Report of the Municipal Commissioner on the plague in Bombay for the year ending 31st May... - Volume 2
Disease focus: Plague
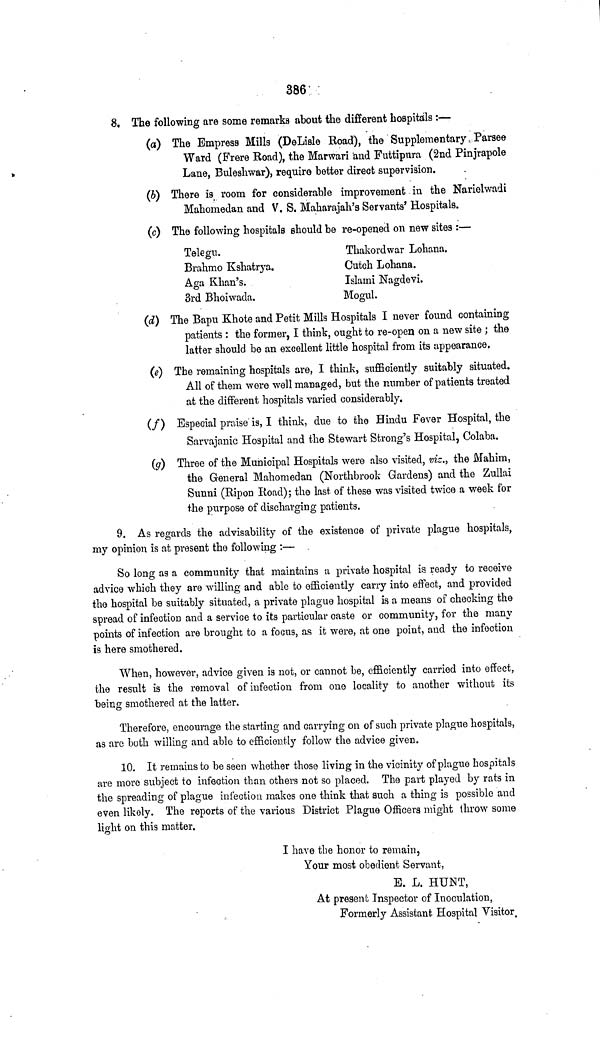
386
8. The following are some remarks about the different hospitals :—
(a) The Empress Mills (DeLisle Road), the Supplementary Parsee
Ward (Frere Road), the Marwari and Futtipura (2nd Pinjrapole
Lane, Buleshwar), require better direct supervision.
(6) There is room for considerable improvement in the Narielwadi
Mahomedan and V. S. Maharajah's Servants' Hospitals.
(c) The following hospitals should be re-opened on new sites :—
Telegu.
Thakordwar Lohana.
Brahmo Kshatrya.
Cutch Lohana.
Aga Khan's.
Islami Nagdevi.
3rd Bhoiwada.
Mogul.
(d) The Bapu Khote and Petit Mills Hospitals I never found containing
patients : the former, I think, ought to re-open on a new site ; the
latter should be an excellent little hospital from its appearance,
(e) The remaining hospitals are, I think, sufficiently suitably situated.
All of them were well managed, but the number of patients treated
at the different hospitals varied considerably.
(f)
Especial praise is, I think, due to the Hindu Fever Hospital, the
Sarvajanic Hospital and the Stewart Strong's Hospital, Colaba.
(g) Three of the Municipal Hospitals were also visited, vis., the Mahim,
the General Mahomedan (Northbrook Gardens) and the Zullai
Sunni (Ripon Road); the last of these was visited twice a week for
the purpose of discharging patients.
9. As regards the advisability of the existence of private plague hospitals,
my opinion is at present the following :—
So long as a community that maintains a private hospital is ready to receive
advice which they are willing and able to efficiently carry into effect, and provided
the hospital be suitably situated, a private plague hospital is a means of checking the
spread of infection and a service to its particular caste or community, for the many
points of infection are brought to a focus, as it were, at one point, and the infection
is here smothered.
When, however, advice given is not, or cannot be, efficiently carried into effect,
the result is the removal of infection from one locality to another without its
being smothered at the latter.
Therefore, encourage the starting and carrying on of such private plague hospitals,
as are both willing and able to efficiently follow the advice given.
10. It remains to be seen whether those living in the vicinity of plague hospitals
are more subject to infection than others not so placed. The part played by rats in
the spreading of plague infection makes one think that such a thing is possible and
even likely. The reports of the various District Plague Officers might throw some
light on this matter.
I have the honor to remain,
Your most obedient Servant,
E. L. HUNT,
At present Inspector of Inoculation,
Formerly Assistant Hospital Visitor.